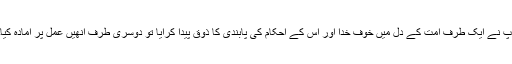
آپ نے ایک طرف امت کے دل میں خوف خدا اور اس کے احکام کی پابندی کا ذوق پیدا کرایا تو دوسری طرف انھیں عمل پر آمادہ کیا۔